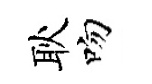
耿吻